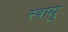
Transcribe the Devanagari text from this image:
स्त्रायु